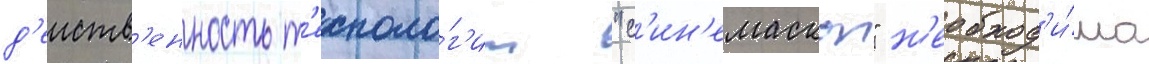
д'еиств'енность т'ехноло́г'ии "с'ин'емаскоп" н'еобход'и́мо